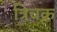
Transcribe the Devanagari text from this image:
त्रिचक्र